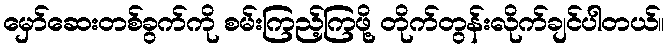
မှော်ဆေးတစ်ခွက်ကို စမ်းကြည့်ကြဖို့ တိုက်တွန်းလိုက်ချင်ပါတယ်။